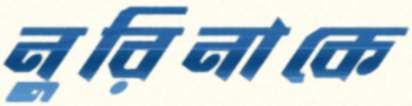
নুরিনাকে